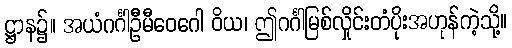
ဋ္ဌာန၌။ အယံဂင်္ဂါဦမီဝေဂေါ ဝိယ၊ ဤဂင်္ဂါမြစ်လှိုင်းတံပိုးအဟုန်ကဲ့သို့။